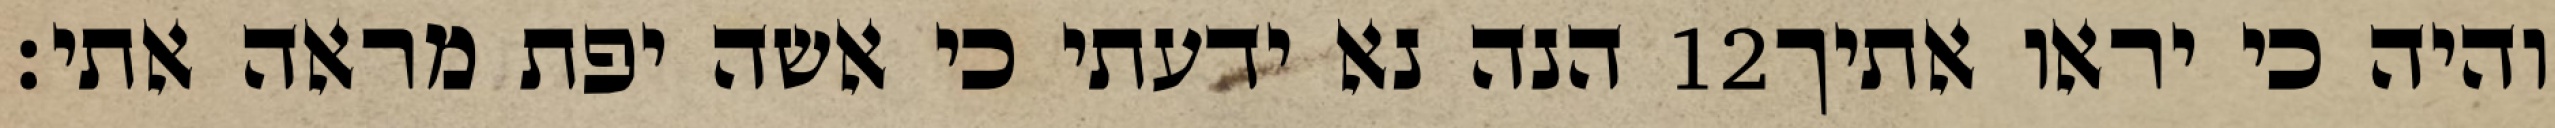
הנה נא ידעתי כי אשה יפת מראה אתי׃ ‎12‏ והיה כי יראו אתיך